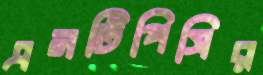
এনটিপিসির